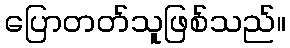
ပြောတတ်သူဖြစ်သည်။